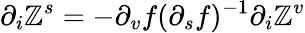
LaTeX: \partial_{i}\mathbb{Z}^{s}=-\partial_{v}f(\partial_{s}f)^{-1}\partial_{i}\mathbb{Z}^{v}